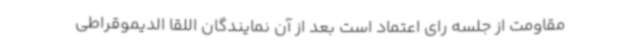
مقاومت از جلسه رای اعتماد است بعد از آن نمایندگان اللقا الدیموقراطی